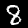
Label: 8